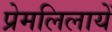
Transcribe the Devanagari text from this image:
प्रेमलिलायें